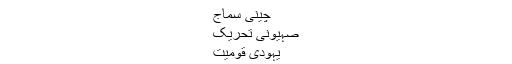
چینی سماج
صہیونی تحریک
یہودی قومیت